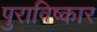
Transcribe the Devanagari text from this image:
पुराविष्कार